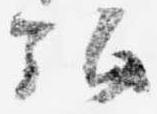
弘